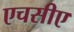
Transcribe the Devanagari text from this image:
एचसीए